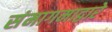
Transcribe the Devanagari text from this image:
संमागमाद्वारे